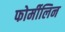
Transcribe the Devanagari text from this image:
फोर्मीलिन